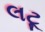
લટૂ